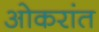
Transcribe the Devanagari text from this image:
ओकरांत